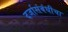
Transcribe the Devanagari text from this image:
दर्जासंबंधीचा